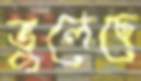
ভুলেছে